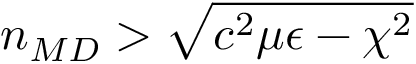
n _ { \/ { M D } } > \sqrt { c ^ { 2 } \mu \epsilon - \chi ^ { 2 } }